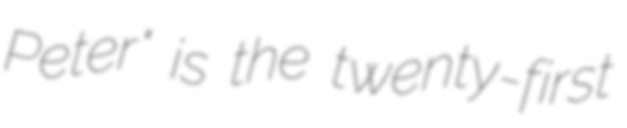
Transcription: Peter" is the twenty-first